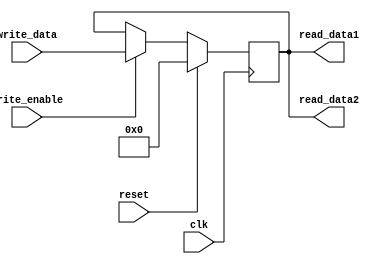
module dual_port_register (
  input clk,
  input reset,
  input write_enable,
  input [7:0] write_data,
  output [7:0] read_data1,
  output [7:0] read_data2
);

reg [7:0] register_data;

always @(posedge clk) begin
  if (reset) begin
    register_data <= 8'h00;
  end else if (write_enable) begin
    register_data <= write_data;
  end
end

assign read_data1 = register_data;
assign read_data2 = register_data;

endmodule